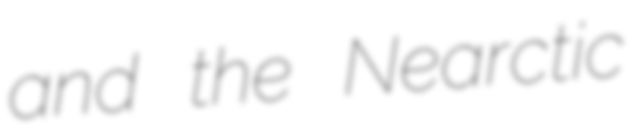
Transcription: and the Nearctic